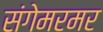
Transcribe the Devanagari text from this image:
संगेमरमर